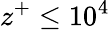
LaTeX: z^{+}\leq 10^{4}